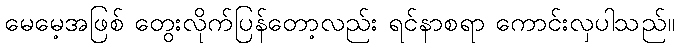
မေမေ့အဖြစ် တွေးလိုက်ပြန်တော့လည်း ရင်နာစရာ ကောင်းလှပါသည်။